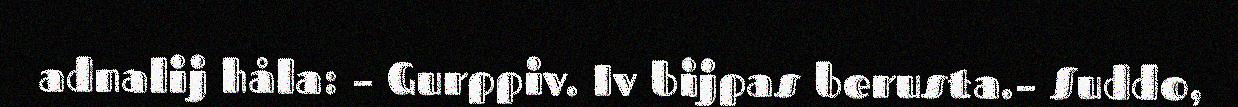
adnalij håla: – Gurppiv. Iv bijpas berusta.– Suddo,